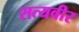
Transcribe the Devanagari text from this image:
सत्यवीर